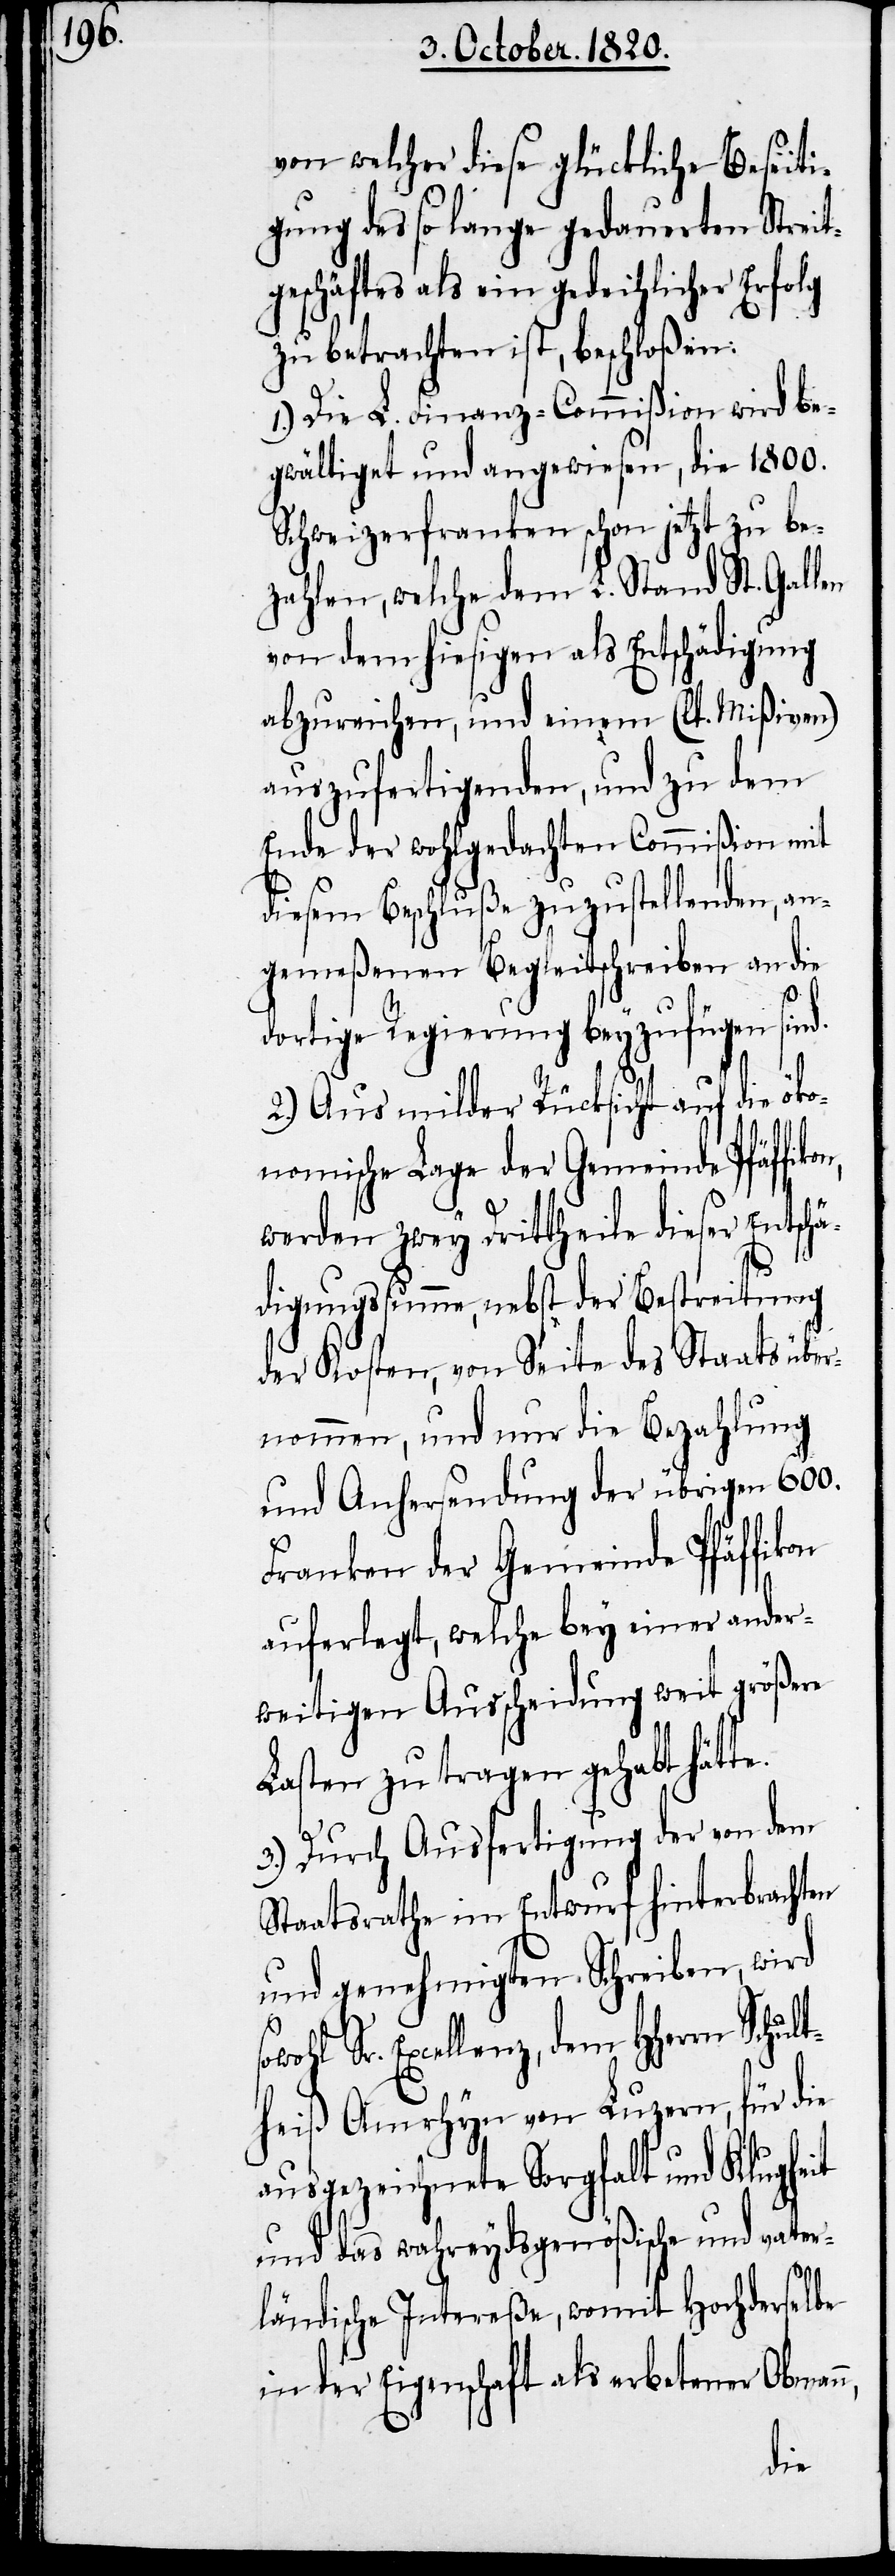
von welcher diese glückliche Beseiti¬
gung des so lange gedauerten Streit¬
geschäftes als ein gedeihlicher Erfolg
zu betrachten ist, beschloßen:
1.) Die L. Finanz-Commißion wird be¬
gwältiget und angewiesen, die 1800.
Schweizerfranken schon jetzt zu be¬
zahlen, welche dem L. Stand St. Gallen
von dem hiesigen als Entschädigung
abzureichen, und einem (lt. Mißiven)
auszufertigenden, und zu dem
Ende der wohlgedachten Commißion mit
diesem Beschluße zuzustellenden, an¬
gemeßenen Begleitschreiben an die
dortige Regierung beyzufügen sin¬
n,
2.) Aus milder Rücksicht auf die öko¬
nomische Lage der Gemeinde Pfäffik¬
werden zwey Drittheile dieser Entschä¬
digungssumme, nebst der Betrachtung
der Kosten, von Seite des Staats über¬
nommen, und nur die Bezahlung
und Anhersendung der übrigen 600.
Franken der Gemeinde Pfäffikon
auferlegt, welche bey einer ander¬
weitigen Ausscheidung weit größere
Lasten zu tragen gehabt hät¬
3.) Durch Ausfertigung der von dem
Staatsrathe im Entwurf hinterbrachten
und genehmigten Schreiben , wird
Sr. Excellenz, dem HHerrn Schul¬
theiß Amrhyn von Luzern, für die
ausgezeichnete Sorgfalt und Klugheit
und das wahreydsgenößische und vater¬
te.
ländische Intereße, womit Hochderselbe
in der Eigenschaft als erbetener Obman¬